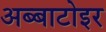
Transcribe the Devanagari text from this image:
अब्बाटोइर